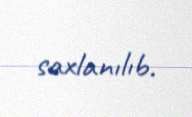
saxlanılıb.